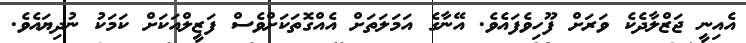
އެއިނީ ޖަޒްލާދެކެ ވަރަށް ފޫހިވެފައެވެ. އޭނާގެ އަމަލަތަށް އެއްގޮތަކަށްވެސް ފަޒީލްއަކަށް ކަމަކު ނުދިޔައެވެ.